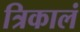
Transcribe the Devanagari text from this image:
त्रिकालं